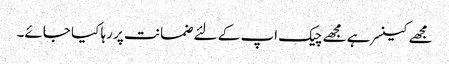
مجھے کینسر ہے مجھے چیک اپ کے لئے ضمانت پر رہا کیا جائے۔